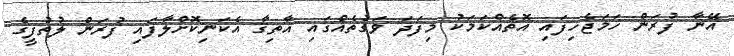
އޭނާ ފުރަން ހަމަޖެހިފައި އޮތެއްކަމަކު މިފަދަ ވަގުތެއްގައި އާތިޤާ އެކަނިކޮށްލާފައި ފުރަން ލުތުފީގެ